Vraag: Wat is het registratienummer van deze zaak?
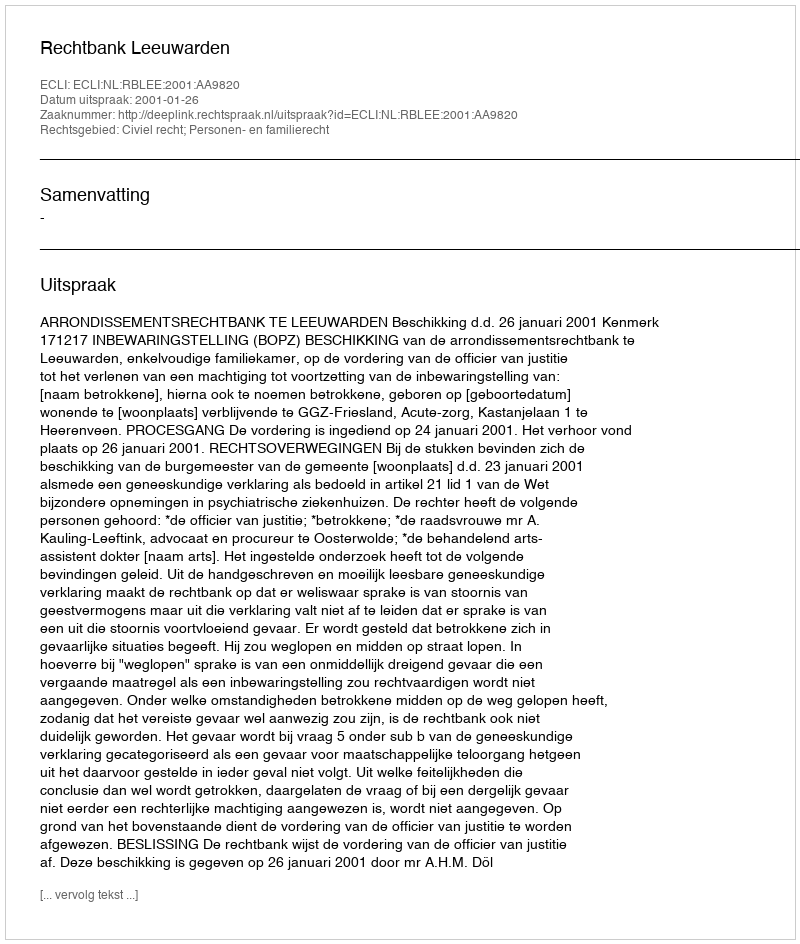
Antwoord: http://deeplink.rechtspraak.nl/uitspraak?id=ECLI:NL:RBLEE:2001:AA9820